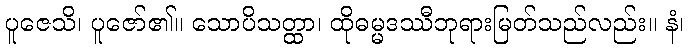
ပူဇေသိ၊ ပူဇော်၏။ သောပိသတ္ထာ၊ ထိုဓမ္မဒဿီဘုရားမြတ်သည်လည်း။ နံ၊